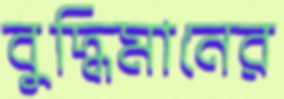
বুদ্ধিমানের